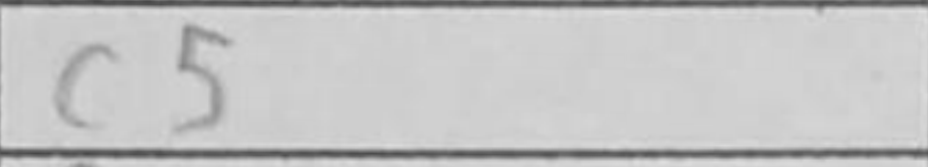
Transcription: c5